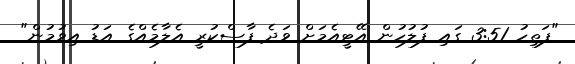
"ފަތިހު 3:51 ގައި ފުލުހުން އޭޓީއެމަށް ވަދެ ފާސްކުރީ އެލާމެއްގެ އަޑު އިވުމުން"